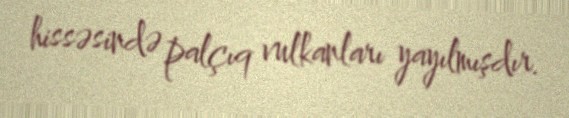
hissəsində palçıq vulkanları yayılmışdır.